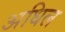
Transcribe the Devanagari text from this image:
अधिल